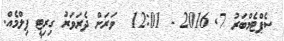
ސެޕްޓެމްބަރު 7